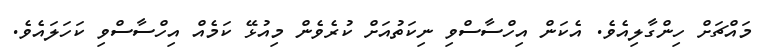
މައްޗަށް ހިންގާލިއެވެ. އެކަން އިހްސާސްވި ނިކަތުއަށް ކުރެވެން މިއުޅޭ ކަމެއް އިހްސާސްވި ކަހަލައެވެ.